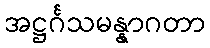
အဋ္ဌင်္ဂသမန္နာဂတာ